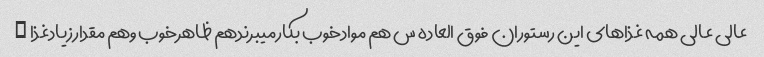
عالی عالی همه غذاهای این رستوران فوق العاده س هم موادخوب بکارمیبرندهم ظاهرخوب وهم مقدارزیادغذا …